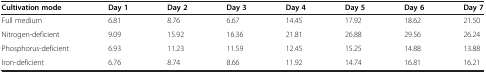
<table><thead><tr><td><b>Cultivation mode</b></td><td><b>Day 1</b></td><td><b>Day 2</b></td><td><b>Day 3</b></td><td><b>Day 4</b></td><td><b>Day 5</b></td><td><b>Day 6</b></td><td><b>Day 7</b></td></tr></thead><tbody><tr><td>Full medium</td><td>6.81</td><td>8.76</td><td>6.67</td><td>14.45</td><td>17.92</td><td>18.62</td><td>21.50</td></tr><tr><td>Nitrogen-deficient</td><td>9.09</td><td>15.92</td><td>16.36</td><td>21.81</td><td>26.88</td><td>29.56</td><td>26.24</td></tr><tr><td>Phosphorus-deficient</td><td>6.93</td><td>11.23</td><td>11.59</td><td>12.45</td><td>15.25</td><td>14.88</td><td>13.88</td></tr><tr><td>Iron-deficient</td><td>6.76</td><td>8.74</td><td>8.66</td><td>11.92</td><td>14.74</td><td>16.81</td><td>16.21</td></tr></tbody></table>